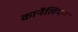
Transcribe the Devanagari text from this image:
कार्नेलियन